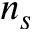
n _ { s }